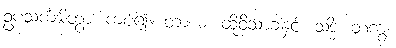
ဥပသင်္ကမိတွာ၊ ကပ်၍။ တာယ၊ ထိုဝိသာခါနှင့်။ သဒ္ဓိံ၊ တကွ။